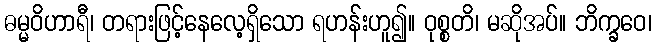
ဓမ္မဝိဟာရီ၊ တရားဖြင့်နေလေ့ရှိသော ရဟန်းဟူ၍။ ဝုစ္စတိ၊ မဆိုအပ်။ ဘိက္ခဝေ၊